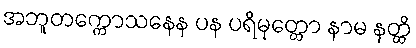
အဘူတက္ကောသနေန ပန ပရိမုတ္တော နာမ နတ္ထိ